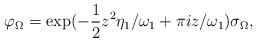
LaTeX: \begin{align*}\varphi_{\Omega}=\exp(-\frac12z^2\eta_1/\omega_1 + \pi i z/\omega_1)\sigma_{\Omega},\end{align*}